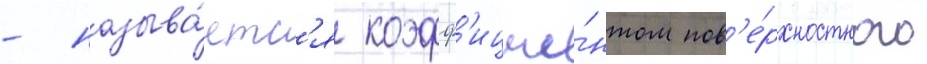
- называ́етс'я коэфф'ицие́нтом пов'е́рхностного